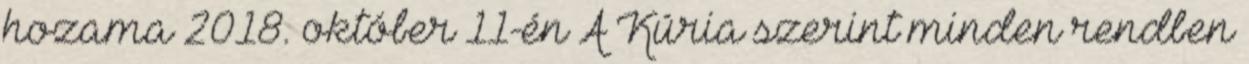
hozama 2018. október 11-én A Kúria szerint minden rendben